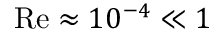
\mathrm { R e } \approx 1 0 ^ { - 4 } \ll 1